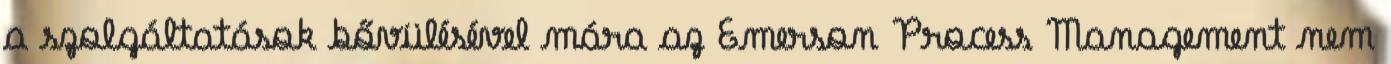
a szolgáltatások bővülésével mára az Emerson Process Management nem